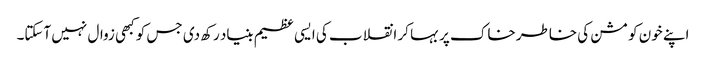
اپنے خون کو مشن کی خاطر خاک پر بہا کر انقلاب کی ایسی عظیم بنیاد رکھ دی جس کو کبھی زوال نہیں آسکتا۔